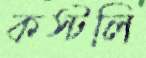
কস্টলি